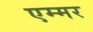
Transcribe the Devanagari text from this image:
एम्मर